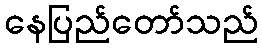
နေပြည်တော်သည်